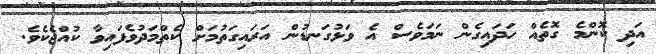
އަދި ކޮންމެ ގޮތެއް ހަދައިގެން ނަމަވެސް އެ ވަޅުގަނޑުން އަރައިގަތުމަށް ކެތްމަދުވެފައިވާ ކުއްޖެކެވެ.